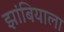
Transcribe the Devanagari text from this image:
झांबियाला